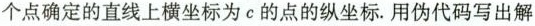
个点确定的直线上横坐标为c的点的纵坐标。用伪代码写出解